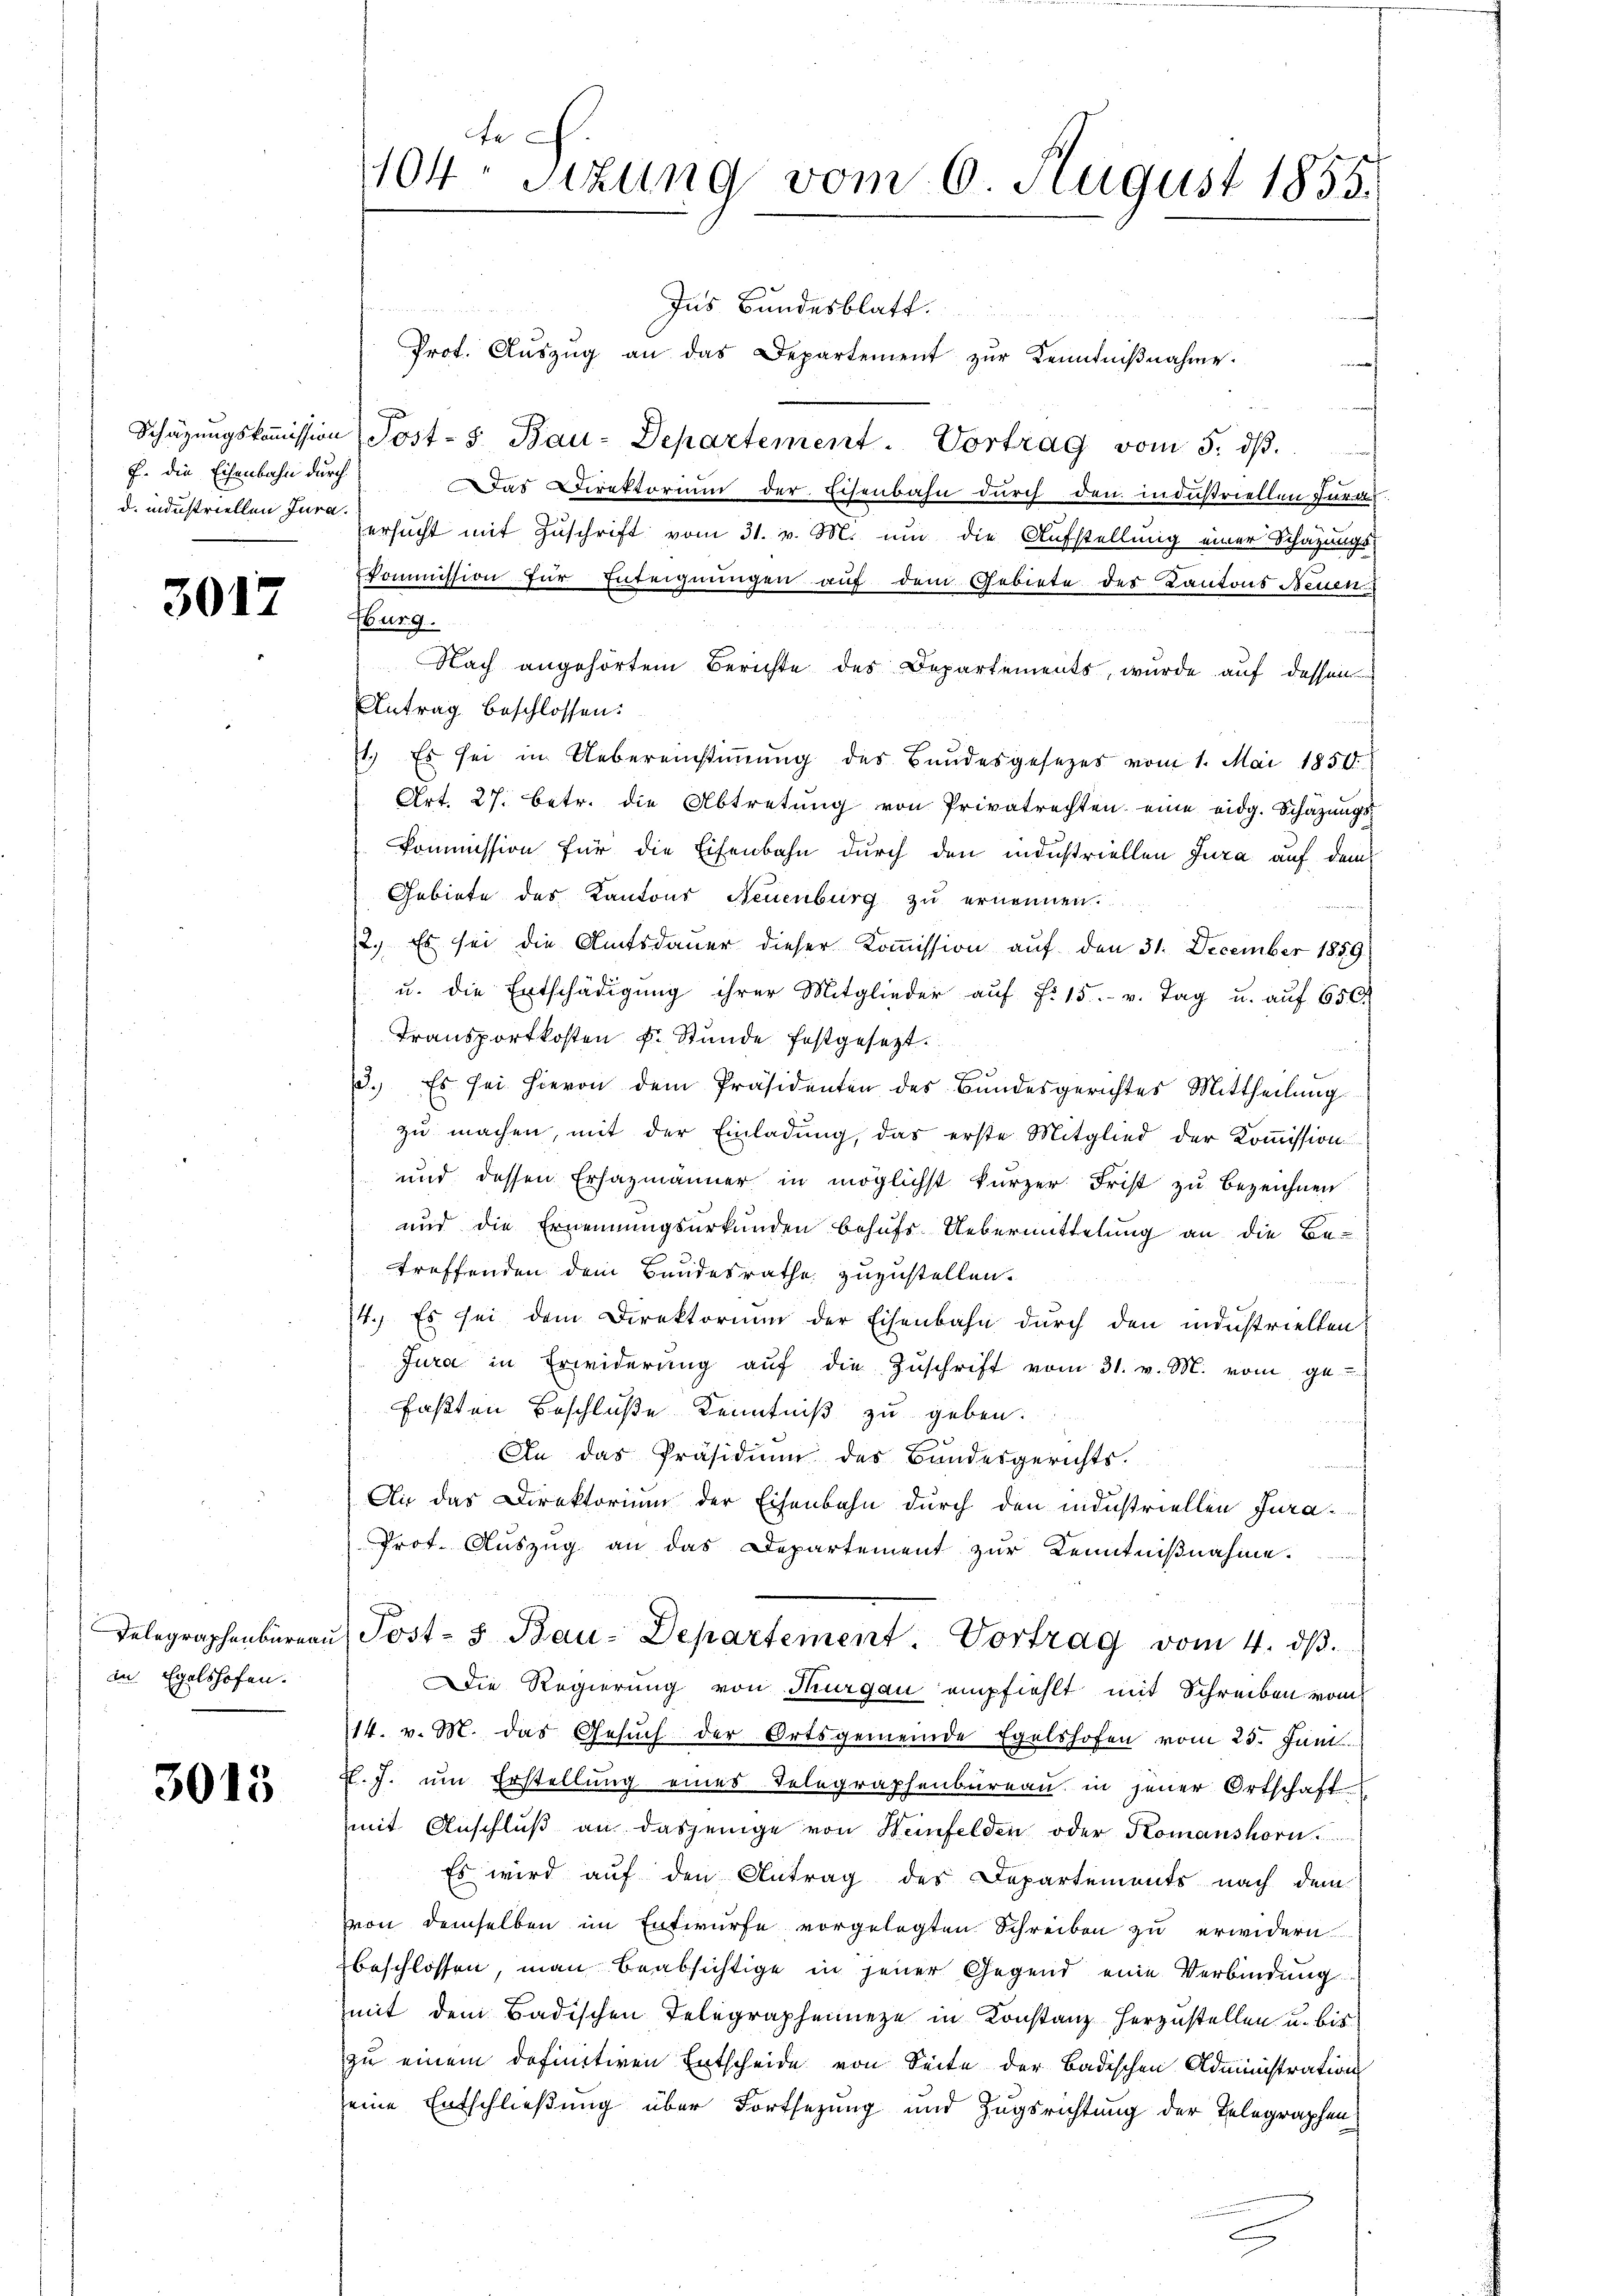
F. die Eisenbahn durch

3017

in Egelshofen.

3015

Ins Bundesblatt
Prot. Aŭszŭg an das Departement zŭr Kenntniβnahme.
ir
Schätzungskommission Post- 5. Bau-Departement. Vortrag vom 5. ds.
Das Direktorium der Eisenbahn durch den industriellen Furas
d. industriellen der ersucht mit Zuschrift vom 31. v. M. um die Aufstellung einer Schazungs-
kommission für Enteignungen auf dem Gebiete des Kantons Neuen
Nurg.
¬
Nach angehörtem Berichte des Departements, wurde auf dessen
Antrag beschlossen:
1.) Es sei in Uebereinstiṁŭng des Bundesgesetzes vom 1. Mai 1850.
Art. 27. betr. die Abtretŭng von Privatrechten eine eidg. Schazungs-
Commission für die Eisenbahn durch den industriellen Jura auf dem
Gebiete des Kantons Neuenburg zŭ ernennen.
2. Es sei die Amtsdauer dieser Kommission auf den 31. December 1859
u. die Entschädigung ihrer Mitglieder aŭf f. 15. v. Tag u. aŭf 650.
Transportkosten Fr. Stunde festgesetzt.
e
3. Es sei hievon dem Präsidenten des Bundesgerichtes Mittheilung
zu machen, mit der Einladung, das erste Mitglied der Kommission
und dessen Ersazmänner in möglichst kürzer Frist zu bezeichnen
und die Ernennungsurkunden behufs Uebermittelung an die Be-
troffenden dem Bandesrathe zuzustellen.
4.) Es sei dem Direktorium der Eisenbahn durch den industriellen
Jura in Erwiderŭng aŭf die Zŭschrift vom 31. v. M. vom ge-
faßten Beschluße Kenntniß zu geben.
An das Präsidiŭm des Bundesgerichts.
An das Direktorium der Eisenbahn durch den industriellen Jura¬
Prot. Auszug an das Departement zur Kenntnißnahme.
Delegraphenbaren Post- & Bau-Departement. Vortrag vom 4. dβ.
Die Regierung von Thurgau empfiehlt mit Schreiben vom
114. v. M. das Gesŭch der Ortsgemeinde Egelshofen vom 25. Juni
F. J. um Erstellung eines Telegraphenbureau in jener Ortschaft
mit Anschluß an dasjenige von Weinfelden oder Komanshorn.
Es wird auf den Antrag des Departements nach dem
von demselben im Entwurfe vorgelegten Schreiben zu erwidern
beschlossen, man beabsichtige in jener Gegend eine Verbindung
mit dem Badischen Telegraphenneze in Konstanzherzustellen u. bis
zu einem definitiven Entscheide von Seite der Badischen Administration
seine Entschließung über Fortsetzung und Zugsrichtung der Telegraphen

te
1104 Sizung vom 6. August 1855.